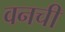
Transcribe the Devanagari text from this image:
वनची